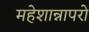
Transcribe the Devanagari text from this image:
महेशान्नापरो